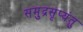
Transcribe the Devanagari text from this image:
समुद्रसृप्यंतु